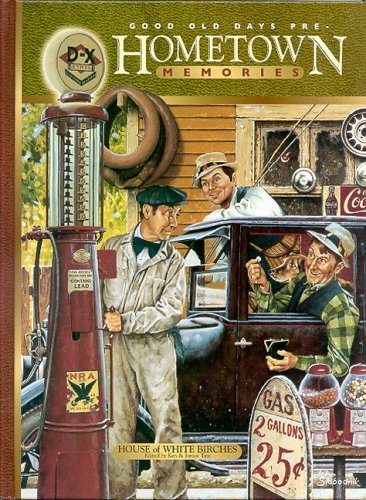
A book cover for Good Old Days Presents Hometown Memories; Humor & Entertainment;